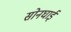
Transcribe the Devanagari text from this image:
सोनघाई